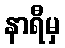
နာရီမှ